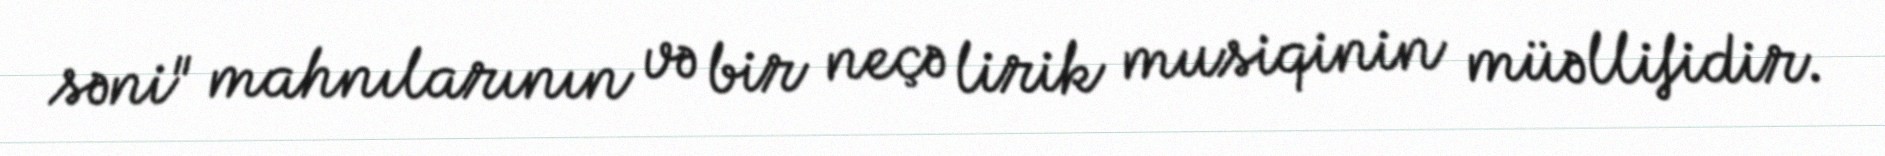
səni" mahnılarının və bir neçə lirik musiqinin müəllifidir.